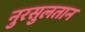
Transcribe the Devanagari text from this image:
नुरसुलतान